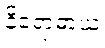
နိရောဓာယ